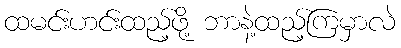
ထမင်းဟင်းထည့်ဖို့ ဘာနဲ့ထည့်ကြမှာလဲ